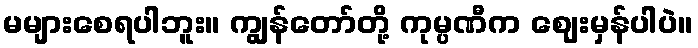
မများစေရပါဘူး။ ကျွန်တော်တို့ ကုမ္ပဏီက ဈေးမှန်ပါပဲ။